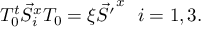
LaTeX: T _ { 0 } ^ { t } \vec { S } _ { i } ^ { x } T _ { 0 } = \xi \vec { S ^ { \prime } } ^ { x } \ \ i = 1 , 3 .